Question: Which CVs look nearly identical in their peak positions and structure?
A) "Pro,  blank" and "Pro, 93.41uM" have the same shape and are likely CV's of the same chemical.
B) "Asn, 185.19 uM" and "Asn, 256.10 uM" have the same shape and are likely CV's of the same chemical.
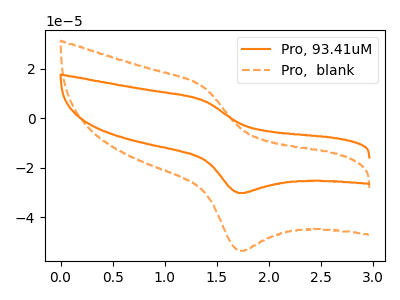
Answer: <think>The orange curve "Pro, 93.41uM" has an anodic peak at (1.40V, 6.95uA) and a cathodic peak at (1.70V, -30.20uA). The orange dashed curve "Pro,  blank" has an anodic peak at (1.40V, 12.35uA) and a cathodic peak at (1.70V, -53.55uA).
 All the peaks in "Pro, 93.41uM" have a peak in "Pro,  blank" at the same potential. Every peak in "Pro, 93.41uM" is lower than every peak in "Pro,  blank".</think>
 <answer>A) "Pro,  blank" and "Pro, 93.41uM" have the same shape and are likely CV's of the same chemical.</answer>
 <eval>A</eval>